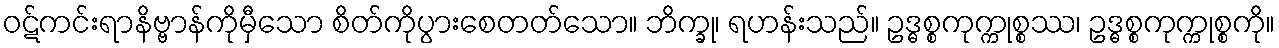
ဝဋ်ကင်းရာနိဗ္ဗာန်ကိုမှီသော စိတ်ကိုပွားစေတတ်သော။ ဘိက္ခု၊ ရဟန်းသည်။ ဥဒ္ဓစ္စကုက္ကုစ္စဿ၊ ဥဒ္ဓစ္စကုက္ကုစ္စကို။